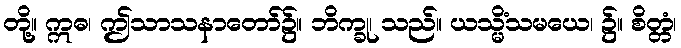
တို့။ ဣဓ၊ ဤသာသနာတော်၌။ ဘိက္ခု၊ သည်။ ယသ္မိံသမယေ၊ ၌။ စိတ္တံ၊